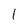
Character: 1